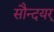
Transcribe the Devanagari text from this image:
सौन्दयर्